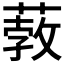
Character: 𦸦